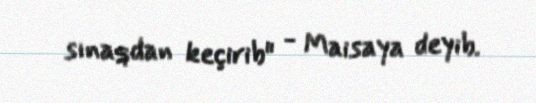
sınaqdan keçirib" - Maisaya deyib.